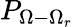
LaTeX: P_{\Omega-\Omega_{r}}